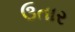
ઉતાર